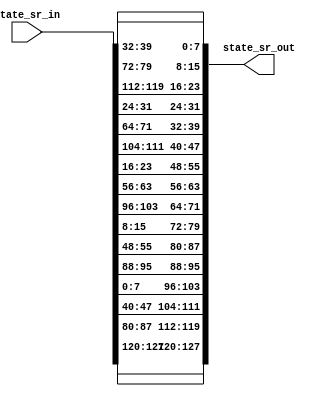
module shift_rows(
  
    input wire [127:0] state_sr_in,
    output wire [127:0] state_sr_out
	);
	
	//Internal logic
	wire[127:0] temp; 
	wire [127:0] state_sr_out_next;
	
	
    	//Combinational logic
    	assign state_sr_out_next = state_sr_in;
	
	  //Shift Rows
	    assign temp[7:0] = state_sr_out_next[39:32];
	    assign temp[15:8] = state_sr_out_next[79:72];
	    assign temp[23:16] = state_sr_out_next[119:112];
	    assign temp[31:24] = state_sr_out_next[31:24];
	
	    assign temp[39:32] = state_sr_out_next[71:64];
	    assign temp[47:40] = state_sr_out_next[111:104];
	    assign temp[55:48] = state_sr_out_next[23:16];
	    assign temp[63:56] = state_sr_out_next[63:56];
	
	    assign temp[71:64] = state_sr_out_next[103:96];
	    assign temp[79:72] = state_sr_out_next[15:8];
	    assign temp[87:80] = state_sr_out_next[55:48];
	    assign temp[95:88] = state_sr_out_next[95:88];
	
	    assign temp[103:96] = state_sr_out_next[7:0];
	    assign temp[111:104] = state_sr_out_next[47:40];
	    assign temp[119:112] = state_sr_out_next[87:80];
	    assign temp[127:120] = state_sr_out_next[127:120];
	    
	    //assign state_sr_out_next[127:0] = temp[127:0];
    
    assign state_sr_out = temp;
    
  endmodule